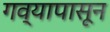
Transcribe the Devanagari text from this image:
गव्यापासून